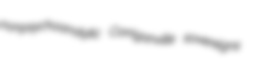
nonpsychoanalytic Corriganville sovereigns